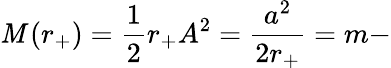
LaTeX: {\cal\mathit{M}}\left(r_{+}\right)=\frac{{1}}{{2}}r_{+}A^{2}=\frac{{a^{2}}}{{2r_{+}}}=m-